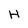
Character: H